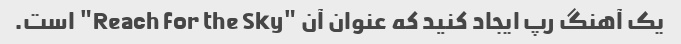
یک آهنگ رپ ایجاد کنید که عنوان آن "Reach for the Sky" است.